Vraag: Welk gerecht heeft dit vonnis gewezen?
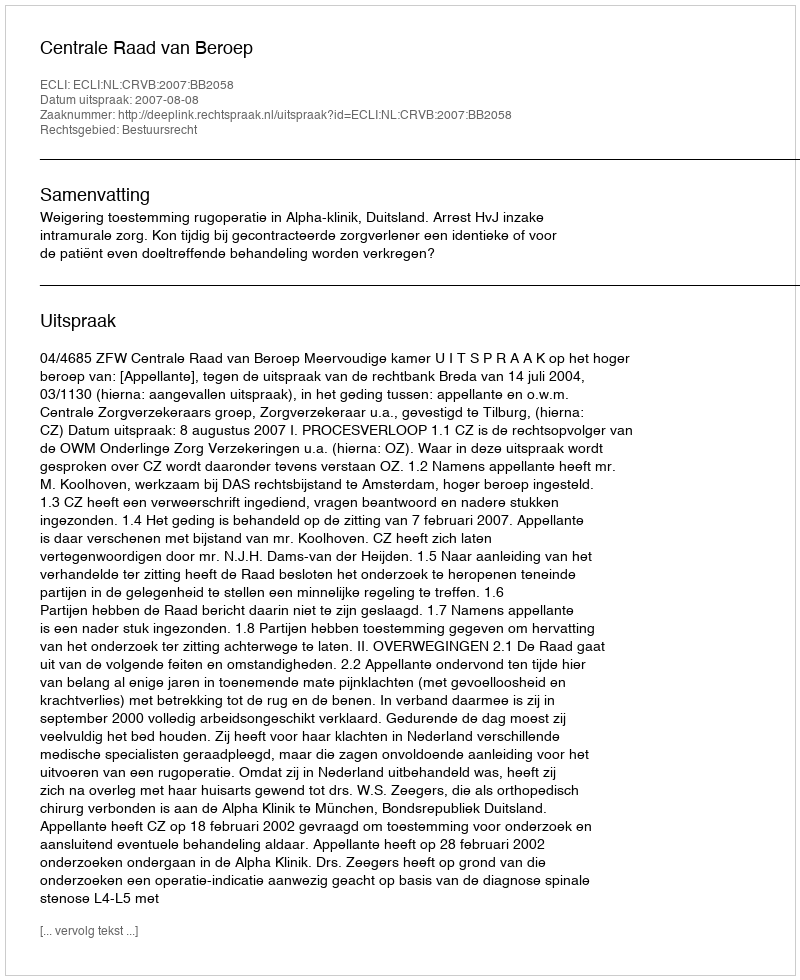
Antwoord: Centrale Raad van Beroep